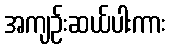
အကျဉ်းဆယ်ပါးကား